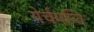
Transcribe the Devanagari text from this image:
येर्चयन्ति